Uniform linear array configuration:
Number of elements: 16
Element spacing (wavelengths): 1
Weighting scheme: binomial
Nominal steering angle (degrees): -45
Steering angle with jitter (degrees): -46.363
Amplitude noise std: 0.05
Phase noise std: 0.05

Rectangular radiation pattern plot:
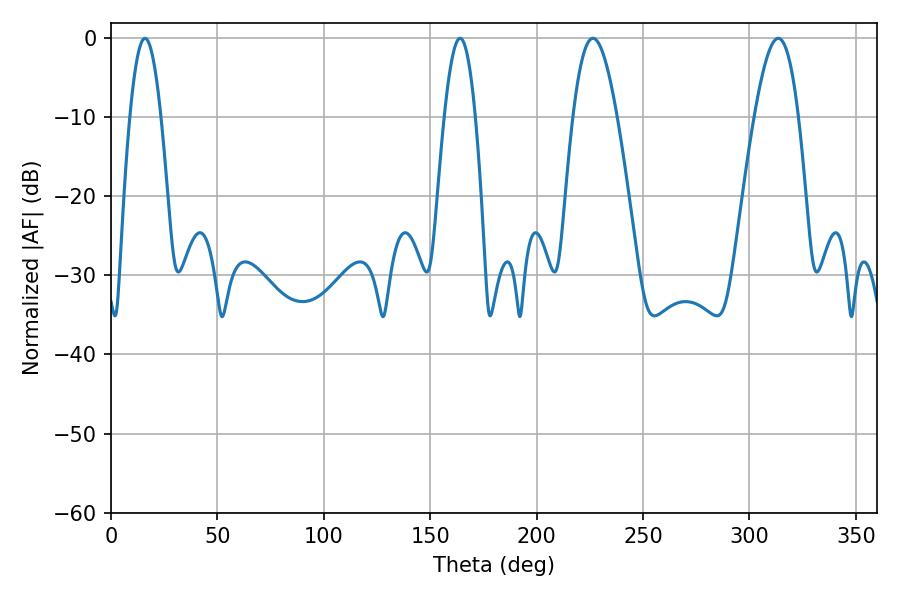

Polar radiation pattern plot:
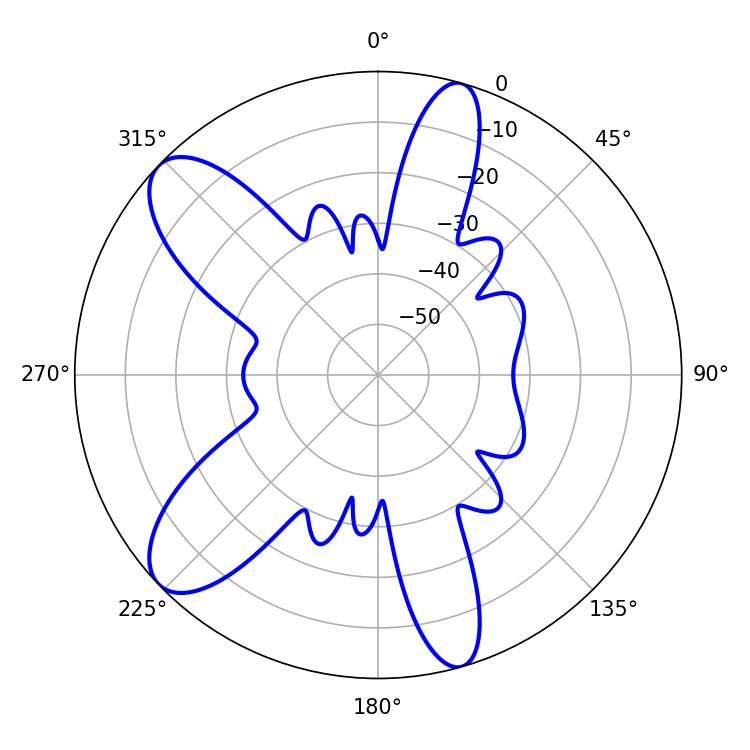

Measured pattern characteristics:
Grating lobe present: TRUE
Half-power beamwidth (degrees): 11.16
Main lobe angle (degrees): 226.44